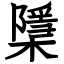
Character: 檃